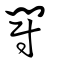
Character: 鬪